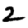
Digit: 2